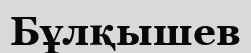
Бұлқышев